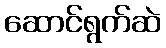
ဆောင်ရွက်ဆဲ